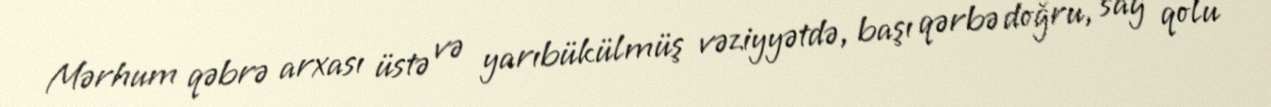
Mərhum qəbrə arxası üstə və yarıbükülmüş vəziyyətdə, başı qərbə doğru, sag qolu